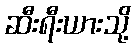
ဆီးရီးယားသို့